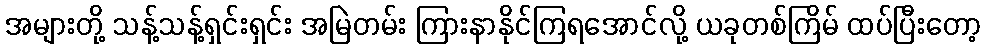
အများတို့ သန့်သန့်ရှင်းရှင်း အမြဲတမ်း ကြားနာနိုင်ကြရအောင်လို့ ယခုတစ်ကြိမ် ထပ်ပြီးတော့